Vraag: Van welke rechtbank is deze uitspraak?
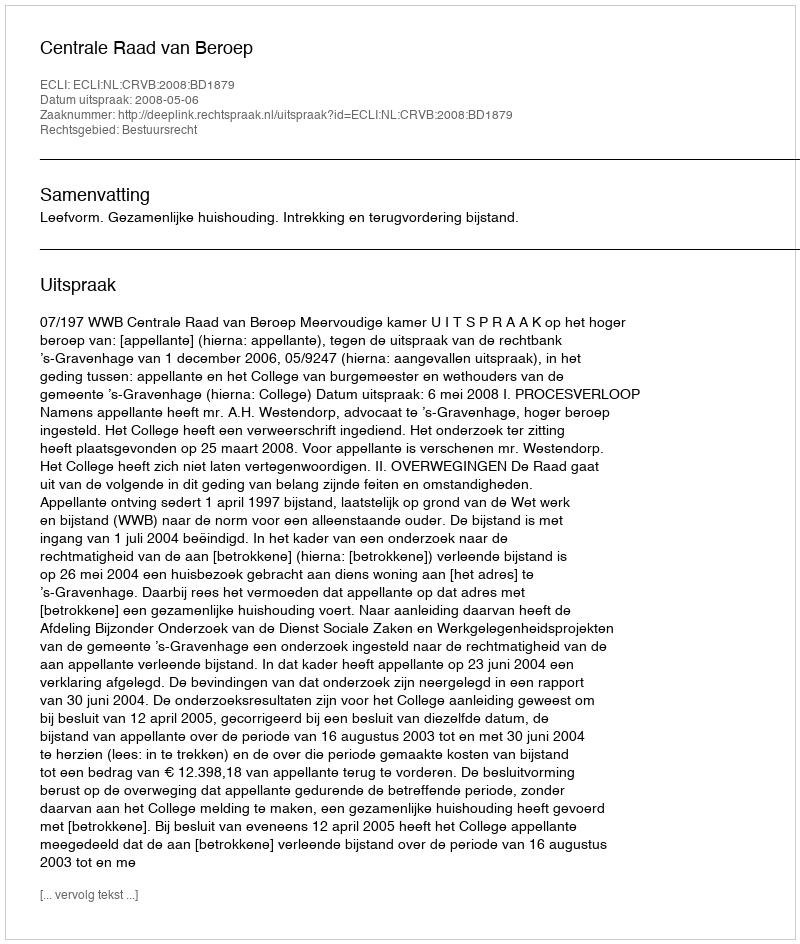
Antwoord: Centrale Raad van Beroep